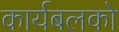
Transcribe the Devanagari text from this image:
कार्यबलको